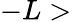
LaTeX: -L>